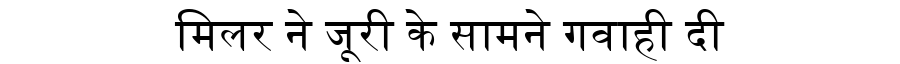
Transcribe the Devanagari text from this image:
मिलर ने जूरी के सामने गवाही दी